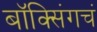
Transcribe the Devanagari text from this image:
बॉक्सिंगचं